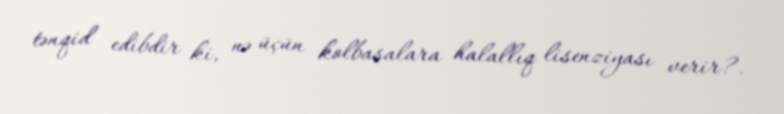
tənqid edibdir ki, nə üçün kolbasalara halallıq lisenziyası verir?.